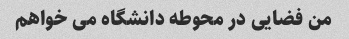
من فضایی در محوطه دانشگاه می خواهم